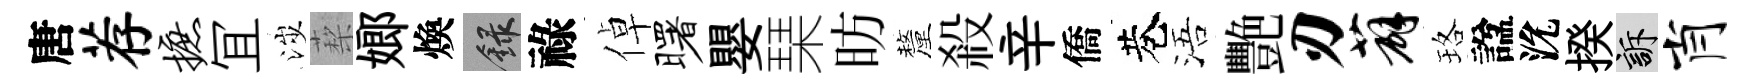
唐荐摭冝涉蔾嫏煥録祿倬曙嬰琹昉釐殺辛僑巷浯艷刃薜珞諡沇揆訴肖